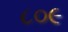
૮૦૯